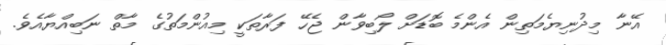
އޭނާ މިދުނިޔެމަތިން އެންމެ ބޮޑަށް ލޯބިވާން ޖެހޭ ފަރާތަކީ މިއުންމަތުގެ މާތް ނަބިއްޔާއެވެ.